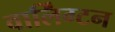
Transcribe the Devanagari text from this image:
वार्लिंग्टन